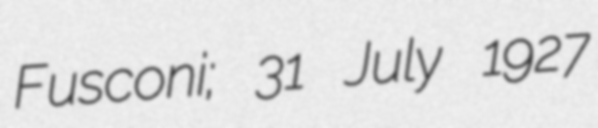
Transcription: Fusconi; 31 July 1927